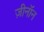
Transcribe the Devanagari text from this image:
ज़ीनॉन